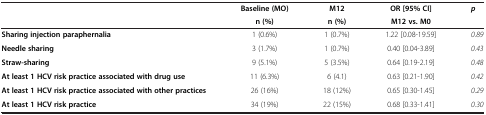
<table><thead><tr><td rowspan="2"><b> </b></td><td><b>Baseline (MO)</b></td><td><b>M12</b></td><td><b>OR [95% CI]</b></td><td rowspan="2"><b><i>p</i></b></td></tr><tr><td><b>n (%)</b></td><td><b>n (%)</b></td><td><b>M12 vs. M0</b></td></tr></thead><tbody><tr><td><b>Sharing injection paraphernalia</b></td><td>1 (0.6%)</td><td>1 (0.7%)</td><td>1.22 [0.08-19.59]</td><td><i>0.89</i></td></tr><tr><td><b>Needle sharing</b></td><td>3 (1.7%)</td><td>1 (0.7%)</td><td>0.40 [0.04-3.89]</td><td><i>0.43</i></td></tr><tr><td><b>Straw-sharing</b></td><td>9 (5.1%)</td><td>5 (3.5%)</td><td>0.64 [0.19-2.19]</td><td><i>0.48</i></td></tr><tr><td><b>At least 1 HCV risk practice associated with drug use</b></td><td>11 (6.3%)</td><td>6 (4.1)</td><td>0.63 [0.21-1.90]</td><td><i>0.42</i></td></tr><tr><td><b>At least 1 HCV risk practice associated with other practices</b></td><td>26 (16%)</td><td>18 (12%)</td><td>0.65 [0.30-1.45]</td><td><i>0.29</i></td></tr><tr><td><b>At least 1 HCV risk practice</b></td><td>34 (19%)</td><td>22 (15%)</td><td>0.68 [0.33-1.41]</td><td><i>0.30</i></td></tr></tbody></table>